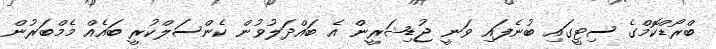
ބްރޯޑްކޮމްގެ ސިޓީގައި ބުނެފައި ވަނީ ޖުޑިޝަރީން އެ ބައްދަލުވުން ކެންސަލްކުރީ ބައެއް މެމްބަރުން